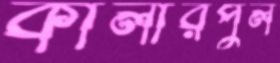
কালারপুল